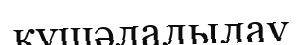
күшәлалылау